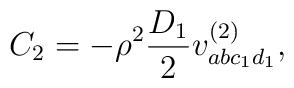
C_2 = - \rho^2 \frac{D_1}{2} v^{(2)}_{abc_1 d_1},